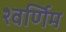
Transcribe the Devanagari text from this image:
श्वर्णिम